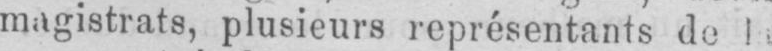
magistrats, plusieurs représentants de la